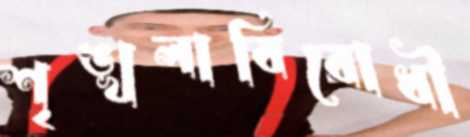
শৃঙ্খলাবিরোধী